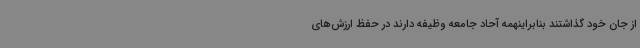
از جان خود گذاشتند بنابراینهمه آحاد جامعه وظیفه دارند در حفظ ارزش‌های